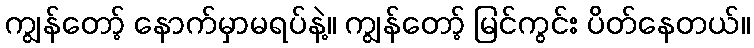
ကျွန်တော့် နောက်မှာမရပ်နဲ့။ ကျွန်တော့် မြင်ကွင်း ပိတ်နေတယ်။